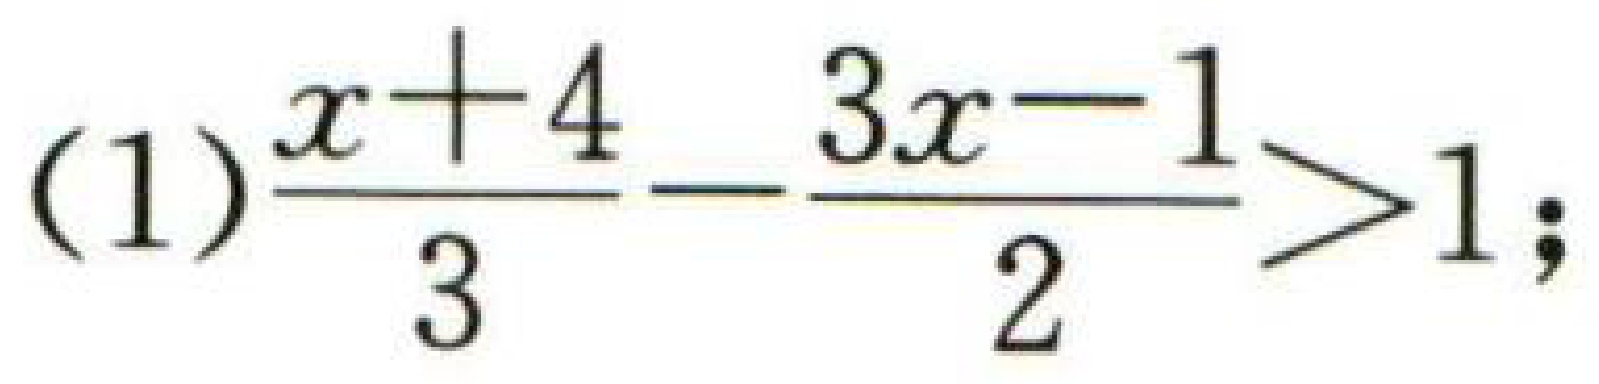
(1)$\frac{x + 4}{3}-\frac{3x - 1}{2}>1;$